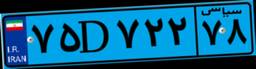
۷۵D۷۲۲۷۸